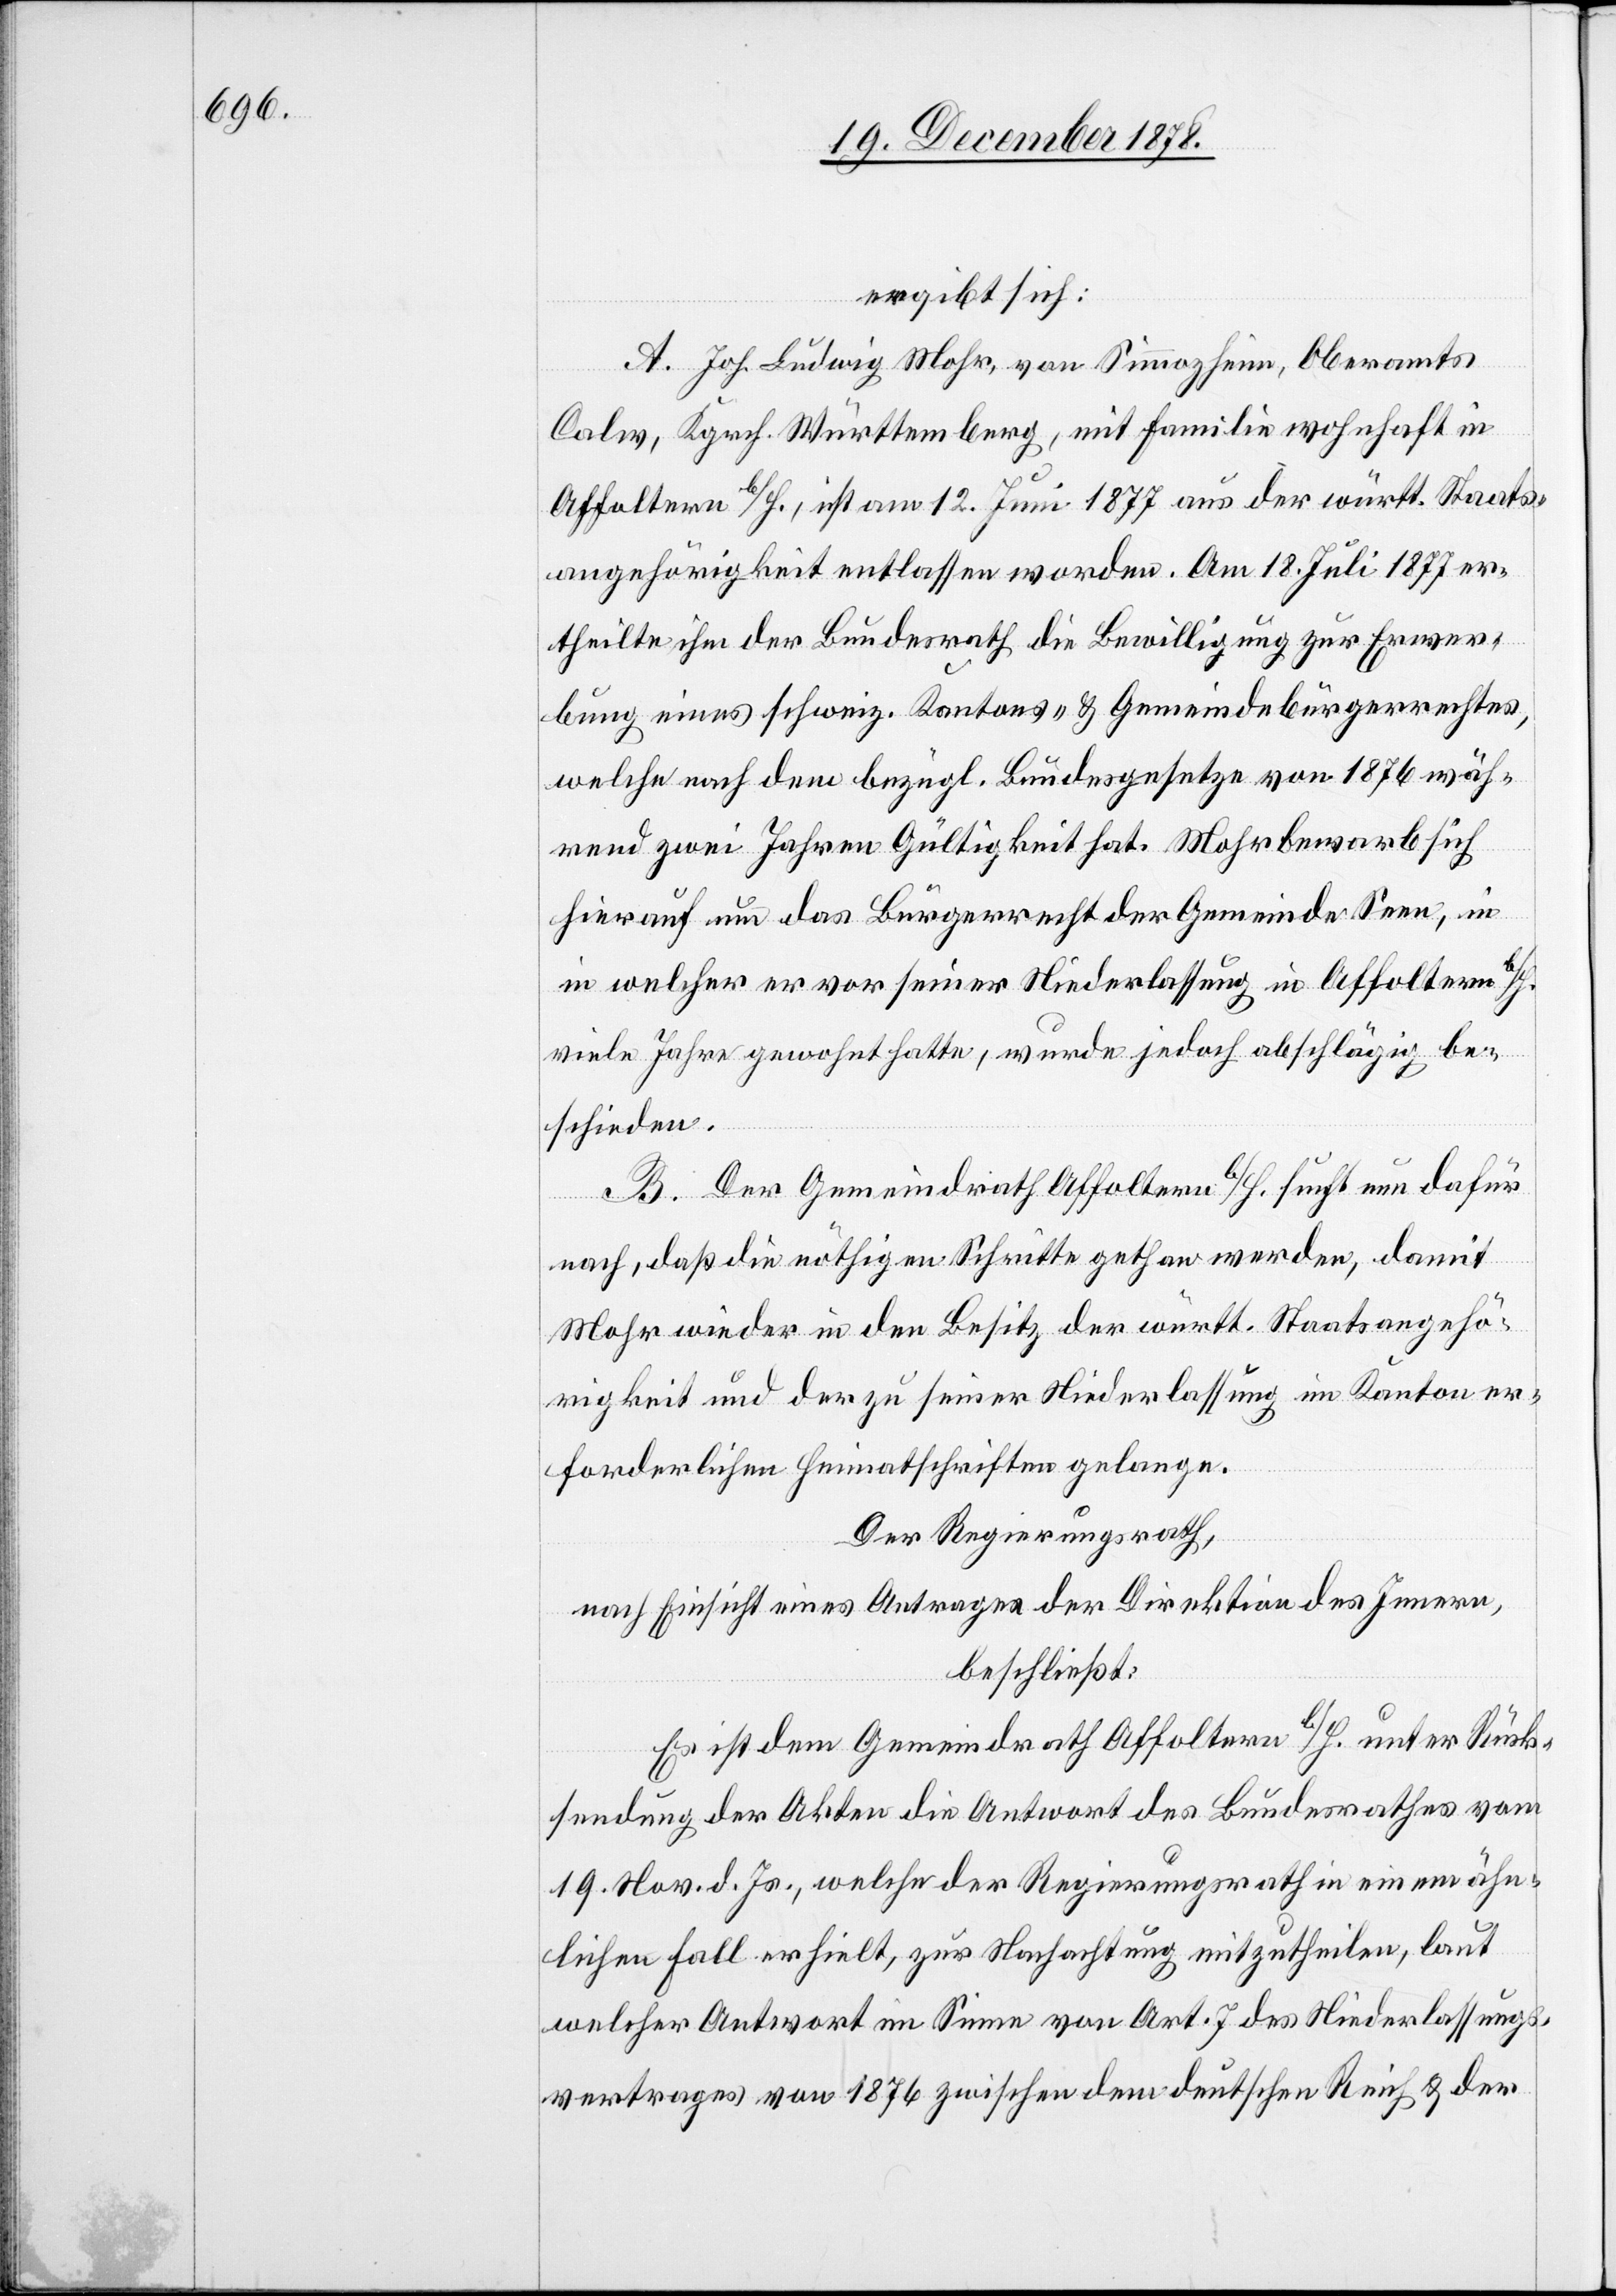
ergibt sich:
A. Joh. Ludwig Mohr, von Simmozheim, Oberamts
Calw, Kgrch. Württemberg, mit Familie wohnhaft in
Affoltern b/H., ist am 12. Juni 1877 aus der württ. Staats¬
angehörigkeit entlassen worden. Am 18. Juli 1877 er¬
theilte ihm der Bundesrath die Bewilligung zur Erwer¬
bung eines schweiz. Kantons- & Gemeindeüberrechtes,
welche nach dem bezügl. Bundesgesetze von 1876 wäh¬
rend zwei Jahren Gültigkeit hat. Mohr bewarb sich
hierauf um das Bürgerrecht der Gemeinde Seen, in
welcher er vor seiner Niederlassung in Affoltern b/H.
viele Jahre gewohnt hatte, wurde jedoch abschlägig be¬
in
schieden.
B. Der Gemeindrath Affoltern b/H. sucht nun dafür
nach, daß die nöthigen Schritte gethan werden, damit
Mohr wieder in den Besitz der württ. Staatsangehö¬
rigkeit und der zu seiner Niederlassung im Kanton er¬
forderlichen Heimatschriften gelange.
Der Regierungsrath,
nach Einsicht eines Antrages der Direktion des Innern,
beschließt:
Es ist dem Gemeindrath Affoltern b/H. unter Rück¬
sendung der Akten die Antwort des Bundesrathes vom
19. Nov. d. Js., welche der Regierungsrath in einem ähn¬
lichen Fall erhielt, zur Nachachtung mitzutheilen, laut
welcher Antwort im Sinne von Art. 7 des Niederlassungs¬
vertrages von 1876 zwischen dem deutschen Reich & der